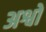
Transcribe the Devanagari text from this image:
अश्वो